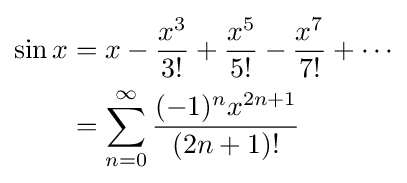
{\begin{aligned}\sin x&=x-{\frac {x^{3}}{3!}}+{\frac {x^{5}}{5!}}-{\frac {x^{7}}{7!}}+\cdots \\&=\sum _{n=0}^{\infty }{\frac {(-1)^{n}x^{2n+1}}{(2n+1)!}}\\\end{aligned}}